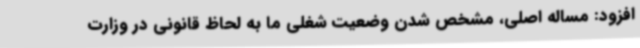
افزود: مساله اصلی، مشخص شدن وضعیت شغلی ما به لحاظ قانونی در وزارت